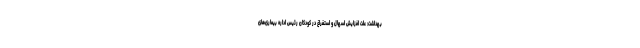
بهداشت: علت افزایش اسهال و استفراغ در کودکان رئیس اداره بیماری‌های